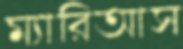
ম্যারিআস